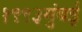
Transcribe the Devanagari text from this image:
१९९३मुंबई